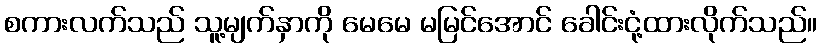
စကားလက်သည် သူ့မျက်နှာကို မေမေ မမြင်အောင် ခေါင်းငုံ့ထားလိုက်သည်။